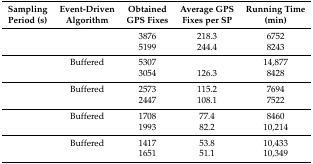
<table><thead><tr><td><b>Sampling Period (s)</b></td><td><b>Event-Driven Algorithm</b></td><td><b>Obtained GPS Fixes</b></td><td><b>Average GPS Fixes per SP</b></td><td><b>Running Time (min)</b></td></tr></thead><tbody><tr><td rowspan="2">[EMPTY_CELL]</td><td>[EMPTY_CELL]</td><td>3876</td><td>218.3</td><td>6752</td></tr><tr><td>[EMPTY_CELL]</td><td>5199</td><td>244.4</td><td>8243</td></tr><tr><td rowspan="2">[EMPTY_CELL]</td><td>Buffered</td><td>5307</td><td>[EMPTY_CELL]</td><td>14,877</td></tr><tr><td>[EMPTY_CELL]</td><td>3054</td><td>126.3</td><td>8428</td></tr><tr><td rowspan="2">[EMPTY_CELL]</td><td>Buffered</td><td>2573</td><td>115.2</td><td>7694</td></tr><tr><td>[EMPTY_CELL]</td><td>2447</td><td>108.1</td><td>7522</td></tr><tr><td rowspan="2">[EMPTY_CELL]</td><td>Buffered</td><td>1708</td><td>77.4</td><td>8460</td></tr><tr><td>[EMPTY_CELL]</td><td>1993</td><td>82.2</td><td>10,214</td></tr><tr><td rowspan="2">[EMPTY_CELL]</td><td>Buffered</td><td>1417</td><td>53.8</td><td>10,433</td></tr><tr><td>[EMPTY_CELL]</td><td>1651</td><td>51.1</td><td>10,349</td></tr></tbody></table>